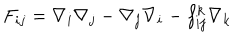
F _ { i j } = \nabla _ { i } \nabla _ { j } - \nabla _ { j } \nabla _ { i } - f _ { i j } ^ { k } \nabla _ { k }